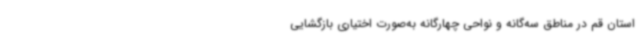
استان قم در مناطق سه‌گانه و نواحی چهارگانه به‌صورت اختیاری بازگشایی